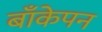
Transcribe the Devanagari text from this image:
बाँकेपन